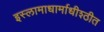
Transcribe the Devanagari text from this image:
इस्लामाधार्माधीश्ठीत